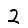
Digit: 2